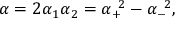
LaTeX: \alpha = 2 \alpha _ { 1 } \alpha _ { 2 } = \alpha _ { + } ^ { ~ 2 } - \alpha _ { - } ^ { ~ 2 } ,